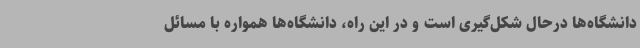
دانشگاه‌ها درحال شکل‌گیری است و در این راه، دانشگاه‌ها همواره با مسائل